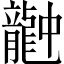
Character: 𪚚